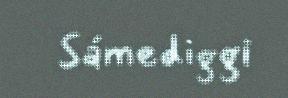
Sámediggi